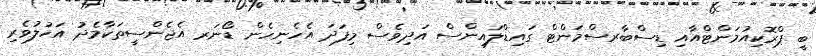
ބީ ޕްރޮކިއުމަންޓްއާއި ޑިސްބާރސްމަންޓް ގައިޑްލައިންސް އަދިވެސް މިފަދަ އެހެނިހެން ޑޯނަރ އެޖެންސީތަކާމެދު އަހުލުވެރި